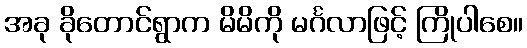
အခု ခိုတောင်ရွာက မိမိကို မင်္ဂလာဖြင့် ကြိုပါစေ။